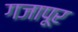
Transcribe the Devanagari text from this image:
गजापूर